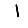
Digit: 1